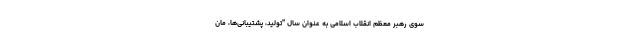
سوی رهبر معظم انقلاب اسلامی به عنوان سال "تولید، پشتیبانی‌ها، مان